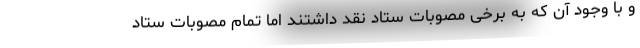
و با وجود آن که به برخی مصوبات ستاد نقد داشتند اما تمام مصوبات ستاد